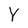
Character: Y